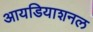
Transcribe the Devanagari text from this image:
आयडियाशनल